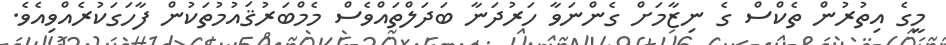
މީގެ އިތުރުން ތެކްސް ގެ ނިޒާމަށް ގެންނަވާ ހަރުދަނާ ބަދަލްތައްވެސް މެމްބަރުޤައުމުތަކުން ފާހަގަކުރެއްވިއެވެ.